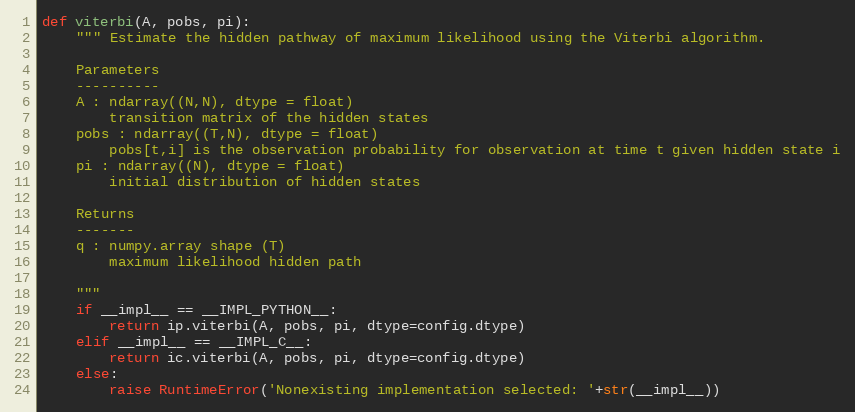
Language: Python
def viterbi(A, pobs, pi):
    """ Estimate the hidden pathway of maximum likelihood using the Viterbi algorithm.

    Parameters
    ----------
    A : ndarray((N,N), dtype = float)
        transition matrix of the hidden states
    pobs : ndarray((T,N), dtype = float)
        pobs[t,i] is the observation probability for observation at time t given hidden state i
    pi : ndarray((N), dtype = float)
        initial distribution of hidden states

    Returns
    -------
    q : numpy.array shape (T)
        maximum likelihood hidden path

    """
    if __impl__ == __IMPL_PYTHON__:
        return ip.viterbi(A, pobs, pi, dtype=config.dtype)
    elif __impl__ == __IMPL_C__:
        return ic.viterbi(A, pobs, pi, dtype=config.dtype)
    else:
        raise RuntimeError('Nonexisting implementation selected: '+str(__impl__))